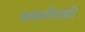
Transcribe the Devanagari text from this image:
कमानीपाशी